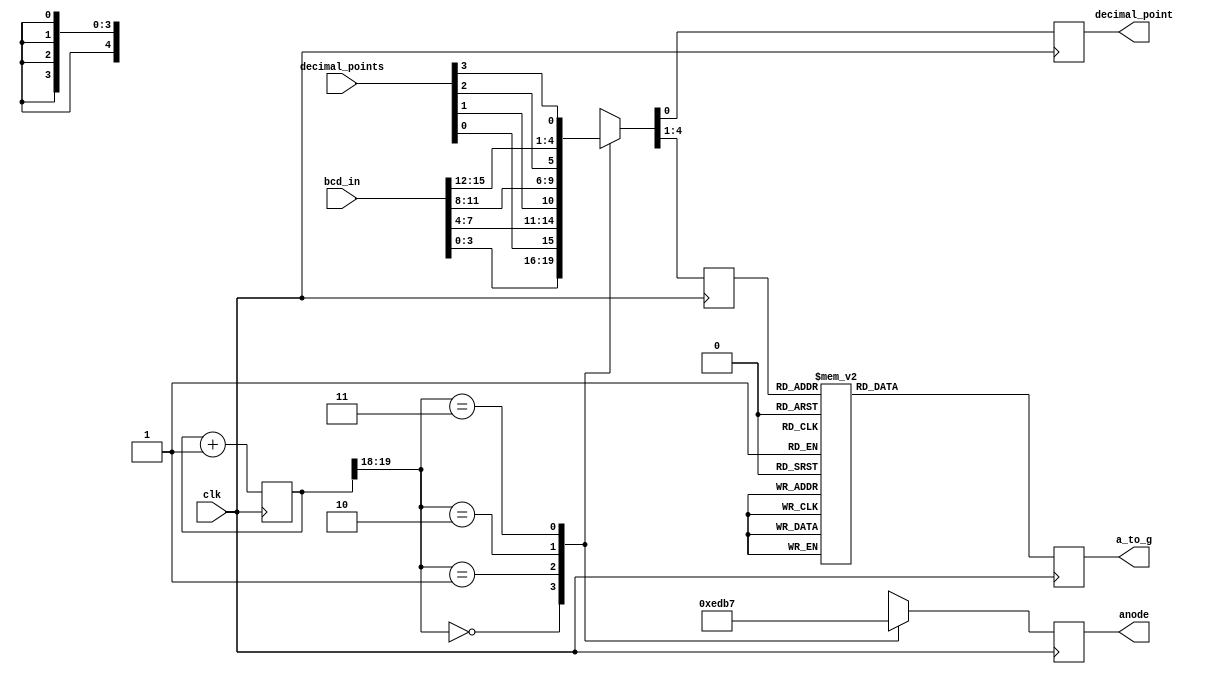
module seven_segment_leds_x_4(
    input [15:0] bcd_in,
    input [3:0] decimal_points,
    input clk,
    output  reg [6:0] a_to_g,
    output reg decimal_point,
    output reg [3:0] anode
    );

wire [1:0] counter;
reg [3:0] digit;
reg [19:0] clkdiv;	
	 

assign counter = clkdiv[19:18];   //count every 2.6 ms  (with 100 MHz clock)

//quad 4 to 1 MUX
always @(posedge clk)
    case(counter)
	0: {digit, decimal_point} = {bcd_in[3:0], decimal_points[0]};
	1: {digit, decimal_point} = {bcd_in[7:4], decimal_points[1]};
	2: {digit, decimal_point} = {bcd_in[11:8], decimal_points[2]};
	3: {digit, decimal_point} = {bcd_in[15:12], decimal_points[3]};
     endcase

//7-segment decoder 
always @(posedge clk)
     case(digit)
     	0: a_to_g = 7'b0000001;
     	1: a_to_g = 7'b1001111;
	2: a_to_g = 7'b0010010;
	3: a_to_g = 7'b0000110;
	4: a_to_g = 7'b1001100;
	5: a_to_g = 7'b0100100;
	6: a_to_g = 7'b0100000;
	7: a_to_g = 7'b0001111;
	8: a_to_g = 7'b0000000;
	9: a_to_g = 7'b0000100;
	default: a_to_g = 7'b0000001;  //default to 0
     endcase
	  
//digit selector
always @(posedge clk)
    case(counter)
    	0: anode = 4'b1110;
	1: anode = 4'b1101;
	2: anode = 4'b1011;
	3: anode = 4'b0111;
	default: anode = 4'b1111;  //all blank
     endcase
     
//clock divider 
always  @ (posedge clk)
   begin
	clkdiv <= clkdiv + 20'b1;
    end 
	  
endmodule